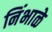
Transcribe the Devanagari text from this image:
निंभाळे